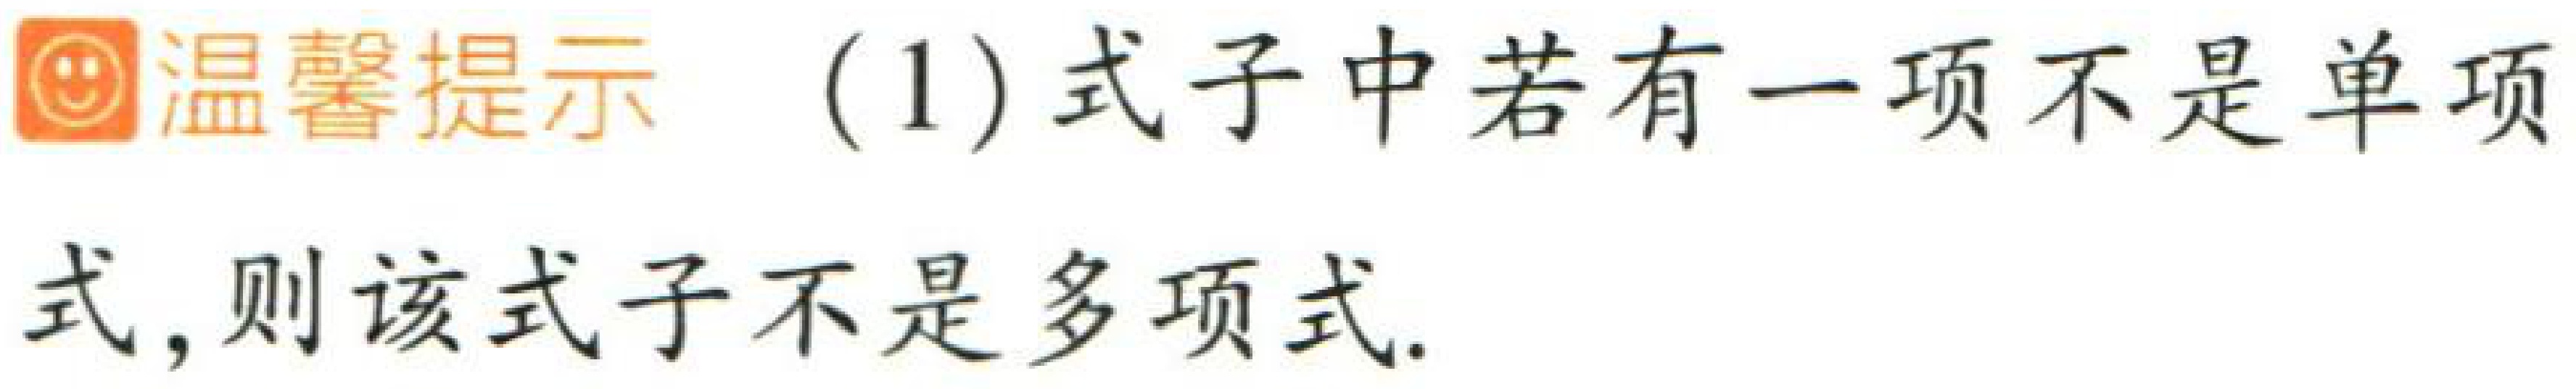
温馨提示 (1) 式子中若有一项不是单项式，则该式子不是多项式.